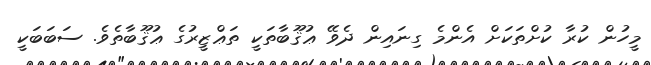
މީހުން ކުރާ ކުށްތަކަށް އެންމެ ގިނައިން ދެވޭ ޢުޤޫބާތަކީ ތަޢްޒީރުގެ ޢުޤޫބާތެވެ. ސަބަބަކީ